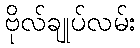
ဗိုလ်ချုပ်လမ်း